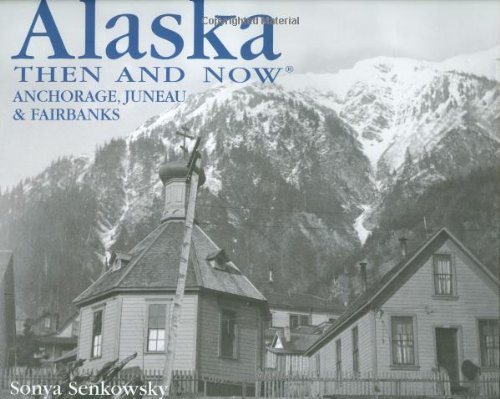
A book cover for Alaska Then and Now: Anchorage, Fairbanks & Juneau; Sonya Senkowsky; Travel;